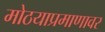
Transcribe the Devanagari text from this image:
मोठयाप्रमाणावर